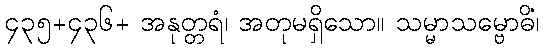
၄၃၅+၄၃၆+ အနုတ္တရံ၊ အတုမရှိသော။ သမ္မာသမ္ဗောဓိံ၊